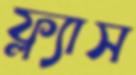
ফ্ল্যাস